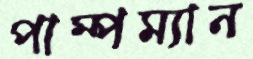
পাম্পম্যান